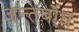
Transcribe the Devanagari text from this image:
अन्तर्बोध